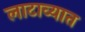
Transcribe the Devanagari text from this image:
लाटाव्यात